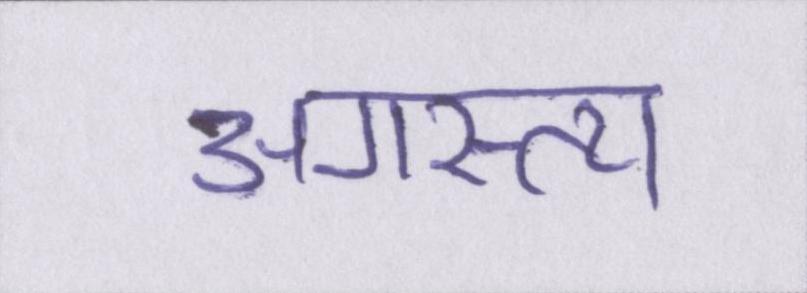
अगस्त्य